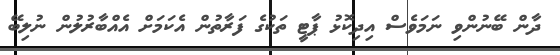
ދާން ބޭނުންވި ނަމަވެސް އިދިކޮޅު ޕާޓީ ތަކުގެ ފަރާތުން އެކަމަށް އެއްބާރުލުން ނުލިބޭ